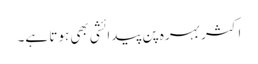
اکثر بہرہ پن پیدائشی بھی ہوتا ہے۔